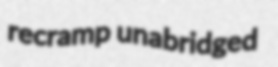
recramp unabridged